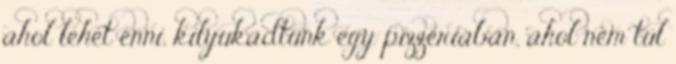
ahol lehet enni, kilyukadtunk egy pizzériában, ahol nem túl